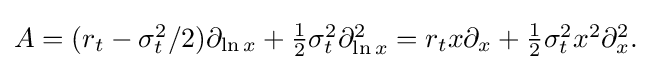
{\textstyle A=(r_{t}-\sigma _{t}^{2}/2)\partial _{\ln x}+{\frac {1}{2}}\sigma _{t}^{2}\partial _{\ln x}^{2}=r_{t}x\partial _{x}+{\frac {1}{2}}\sigma _{t}^{2}x^{2}\partial _{x}^{2}.}